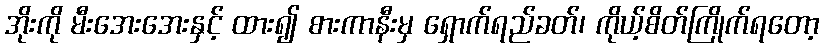
အိုးကို မီးအေးအေးနှင့် ထား၍ စားကာနီးမှ ရှောက်ရည်ခတ်၊ ကိုယ့်စိတ်ကြိုက်ရတော့